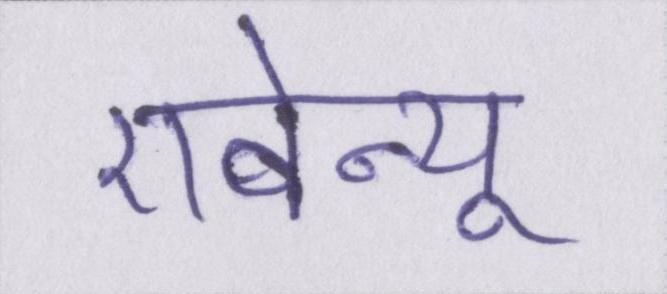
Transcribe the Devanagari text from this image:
एवेन्यू